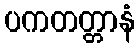
ပကတတ္တာနံ